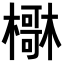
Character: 𣝺